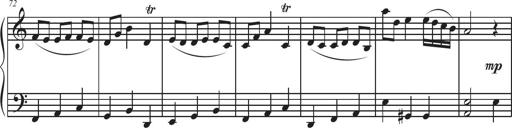
Title: Sonatina Espania
Composer: Jerald Franklin Archer
Key: Various